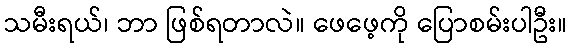
သမီးရယ်၊ ဘာ ဖြစ်ရတာလဲ။ ဖေဖေ့ကို ပြောစမ်းပါဦး။